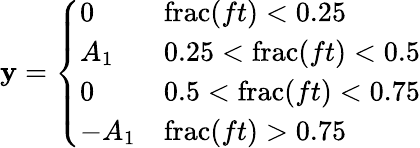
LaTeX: \mathbf{y}={\left\{ \begin{array}{ll}{0}&{\operatorname{frac}(ft)<0.25}\\ {A_{1}}&{0.25<\operatorname{frac}(ft)<0.5}\\ {0}&{0.5<\operatorname{frac}(ft)<0.75}\\ {-A_{1}}&{\operatorname{frac}(ft)>0.75}\end{array}\right.}